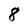
Character: 8